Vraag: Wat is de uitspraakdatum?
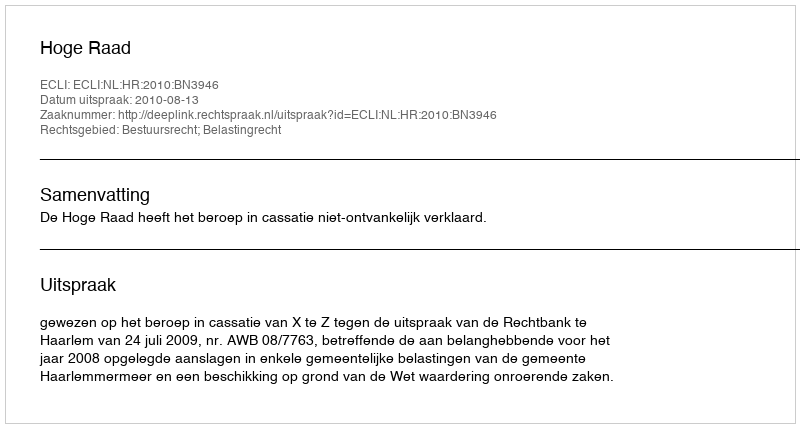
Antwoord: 2010-08-13